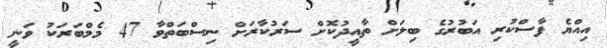
އިއްޔެ ފާސްކުރި އަބުރުގެ ބިލަށް ތާއީދުކޮށް ސަރުކާރަށް ނިސްބަތްވާ 47 މެމްބަރަކު ވަނީ